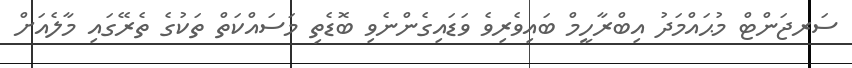
ސަރޖަންޓް މުޙައްމަދު އިބްރާހީމް ބައިވެރިވެ ވަޑައިގެންނެވި ބޮޑެތި މަސައްކަތް ތަކުގެ ތެރޭގައި މާލެއަށް